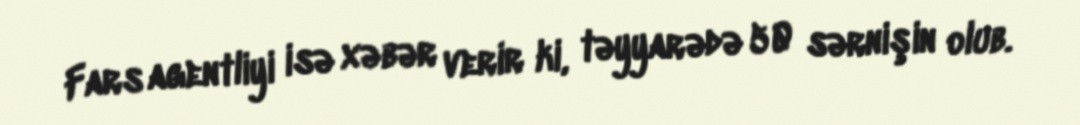
Fars agentliyi isə xəbər verir ki, təyyarədə 50 sərnişin olub.